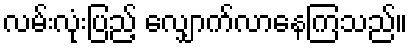
လမ်းလုံးပြည့် လျှောက်လာနေကြသည်။